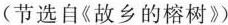
(节选自《故乡的榕树》